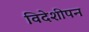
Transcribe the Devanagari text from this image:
विदेशीपन